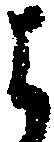
よ